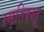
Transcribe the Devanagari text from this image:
स्मृतिवस्तू